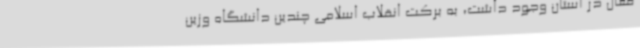
فعال در استان وجود داشت، به برکت انقلاب اسلامی چندین دانشگاه وزین